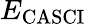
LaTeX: E_{\mathrm{{CASCI}}}